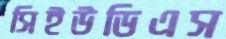
সিইউডিএস